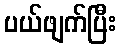
ပယ်ဖျက်ပြီး